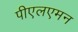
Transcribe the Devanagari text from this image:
पीएलएमन